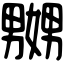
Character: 嬲